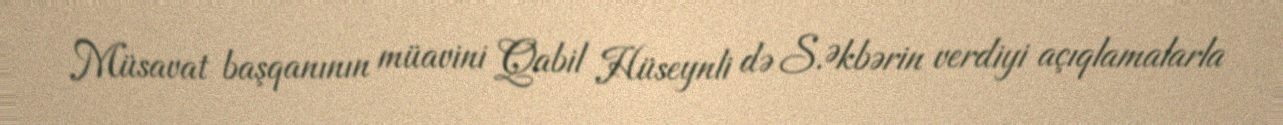
Müsavat başqanının müavini Qabil Hüseynli də S.Əkbərin verdiyi açıqlamalarla